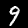
Label: 9